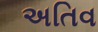
અતિવ